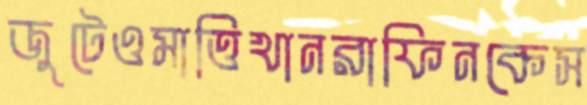
জুটেওমাত্তিখানরাফিনকেস